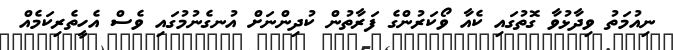
ނިއުމަތު ވިދާޅުވާ ގޮތުގައި ކެއާ ވޯކަރުންގެ ފަރާތުން ކުދިންނަށް އުނގެނުމުގައި ވެސް އެހީތެރިކަމެއް